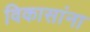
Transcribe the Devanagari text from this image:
विकासांना